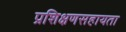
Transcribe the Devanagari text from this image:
प्रशिक्षणसहायता